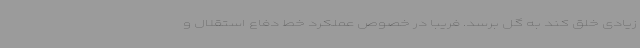
زیادی خلق کند به گل برسد. فریبا در خصوص عملکرد خط دفاع استقلال و